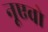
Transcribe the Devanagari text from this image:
नूएवो